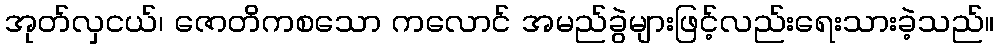
အုတ်လှငယ်၊ ဇောတိကစသော ကလောင် အမည်ခွဲများဖြင့်လည်းရေးသားခဲ့သည်။